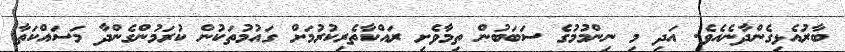
ބާރުއެޅިގެންދާނެއެވެ. އަދި މި ނިންމުމުގެ ސަބަބުން ތިމާވެށި ރައްކާތެރިކުރުމަށް ގައުމުތަކުން ކުރަމުންގެންދާ މަސައްކަތާ